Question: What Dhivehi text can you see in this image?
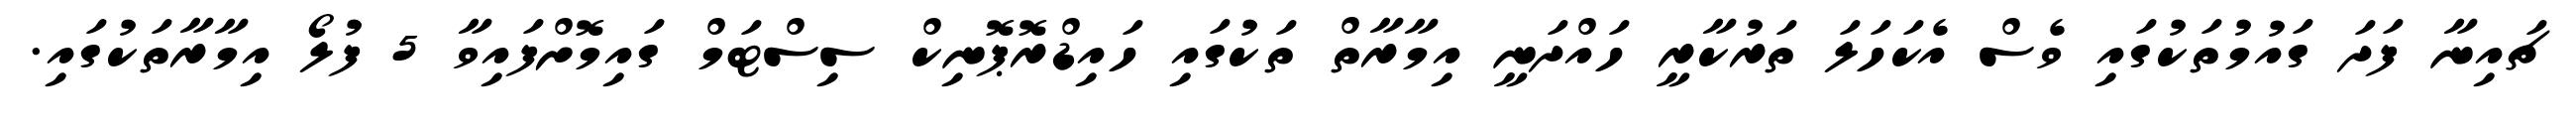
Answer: ޗައިނާ ފަދަ ގައުމުތަކުގައި ވެސް އެކަހަލަ ތަރުކާރީ ހައްދަނީ އިމާރާތް ތަކުގައި ހައިޑްރޮޕޮނިކް ސިސްޓަމް ގައިމޮށްފައިވާ 5 ފުލޯ އިމާރާތަކުގައި.